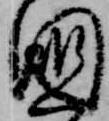
国